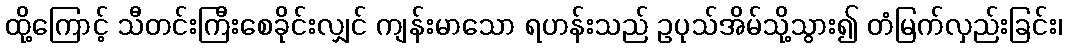
ထို့ကြောင့် သီတင်းကြီးစေခိုင်းလျှင် ကျန်းမာသော ရဟန်းသည် ဥပုသ်အိမ်သို့သွား၍ တံမြက်လှည်းခြင်း၊